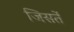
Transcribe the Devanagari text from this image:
जिसतें